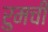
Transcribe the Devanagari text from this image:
रुमची